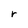
Character: r